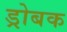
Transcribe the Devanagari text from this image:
ड्रोबक